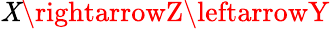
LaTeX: \mathit{X}\rightarrowZ\leftarrowY